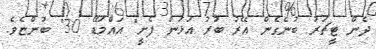
ދެން ޓީޗަރު ބުނެގެން އޭރު ބުރު އަޅަން ފެށީ" އައްމަޑޭ 30" ބުންޏެވެ.